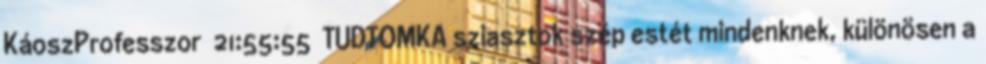
KáoszProfesszor 21:55:55 TUDTOMKA sziasztok szép estét mindenknek, különösen a